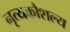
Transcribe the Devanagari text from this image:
नृत्यकौशल्य